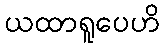
ယထာရူပေဟိ